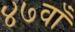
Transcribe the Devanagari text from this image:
४७वाँ